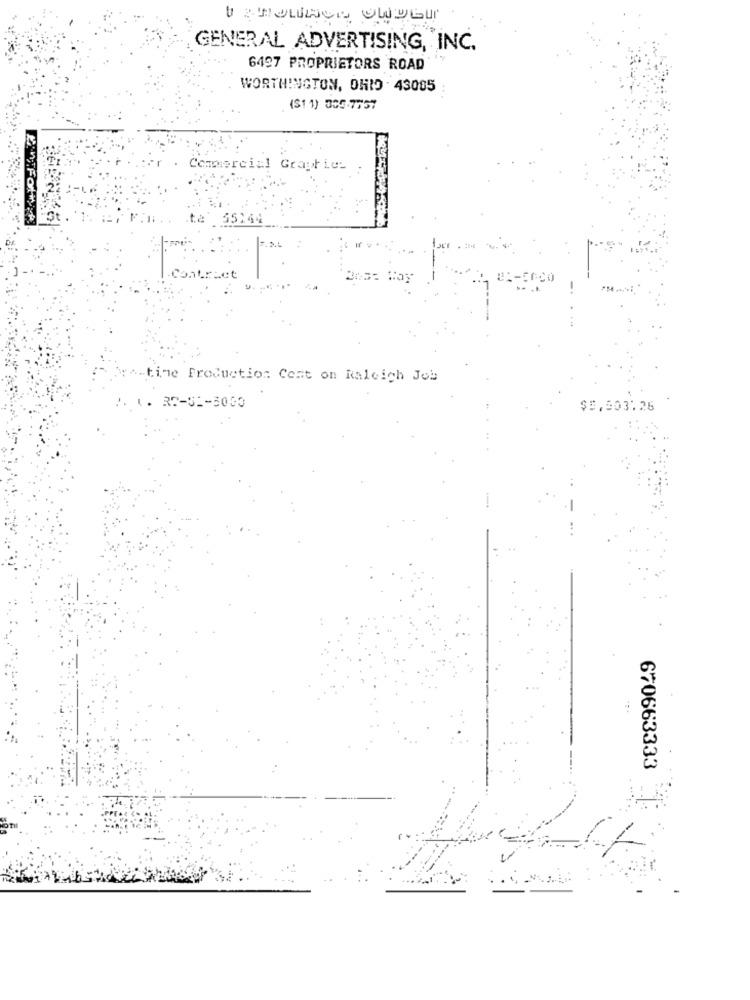
GENERAL ADVERTISING, INC.
6497 PROPRIETORS ROAD
WORTHINGTON, OHIO . 43005
($1 1) 305-7757
Commercial Graphie_
ta
55144
Contract
-time Production Cent on Raleigh Job
$5,503.26
670663333